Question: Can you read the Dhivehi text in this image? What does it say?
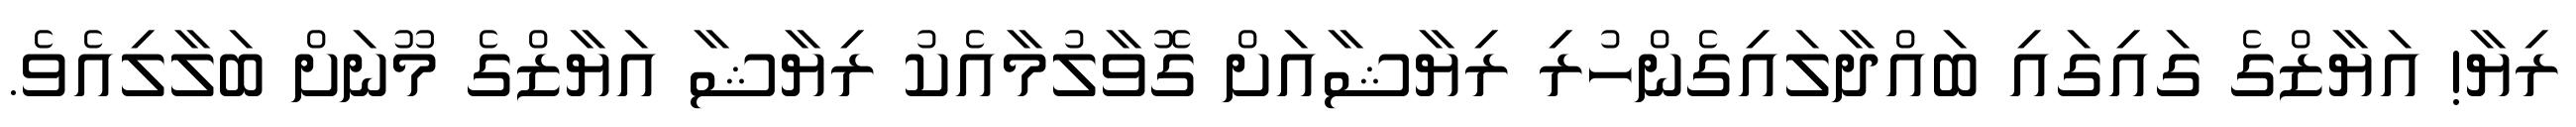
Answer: ރިޔާ! އަޔާޒްގެ ގައިގައި ބައްދާލައިގެންހުރި ރިޔާޝާއަށް ގޮވާލުމާއެކު ރިޔާޝާ އަޔާޒްގެ މޫނަށް ބަލާލިއެވެ.